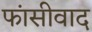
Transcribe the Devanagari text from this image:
फांसीवाद